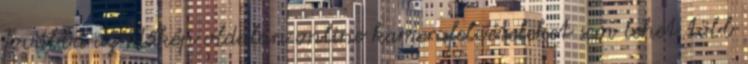
Továbbá az időkép oldalán online kamerafelvételeket sem lehet több